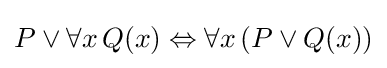
P\lor \forall x\,Q(x)\Leftrightarrow \forall x\,(P\lor Q(x))